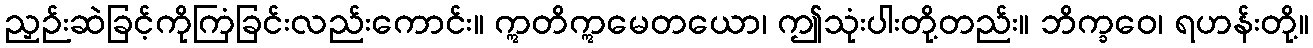
ညှဉ်းဆဲခြင့်ကိုကြံခြင်းလည်းကောင်း။ ဣတိဣမေတယော၊ ဤသုံးပါးတို့တည်း။ ဘိက္ခဝေ၊ ရဟန်းတို့။